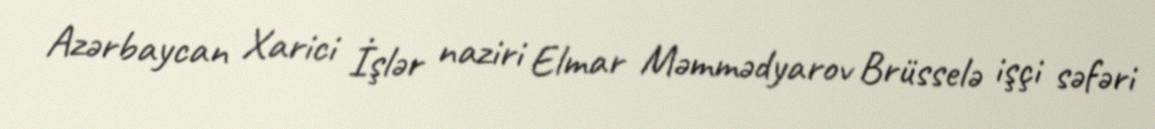
Azərbaycan Xarici İşlər naziri Elmar Məmmədyarov Brüsselə işçi səfəri